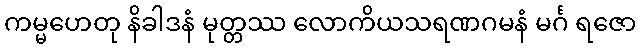
ကမ္မဟေတု နိခါဒနံ မုတ္တဿ လောကိယသရဏဂမနံ မင်္ဂ ရဇော